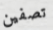
تصفين